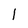
Character: l